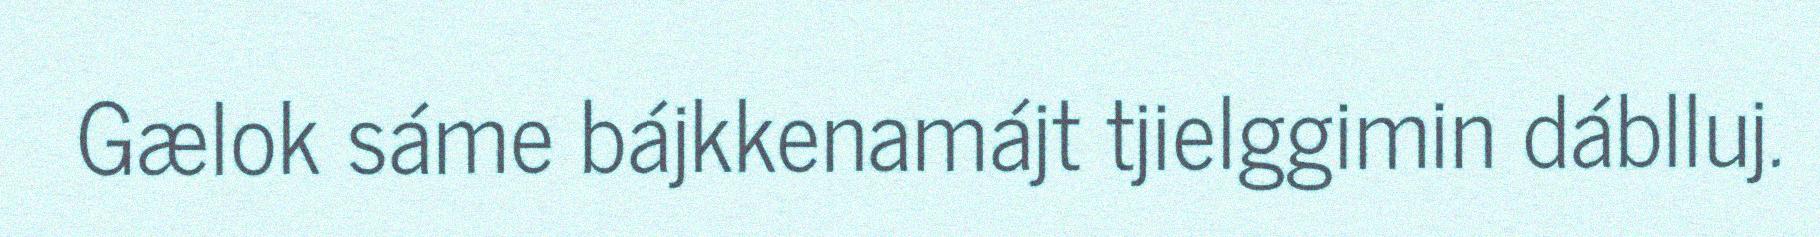
Gælok sáme bájkkenamájt tjielggimin dáblluj.